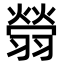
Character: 䎕